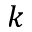
k